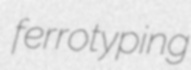
ferrotyping